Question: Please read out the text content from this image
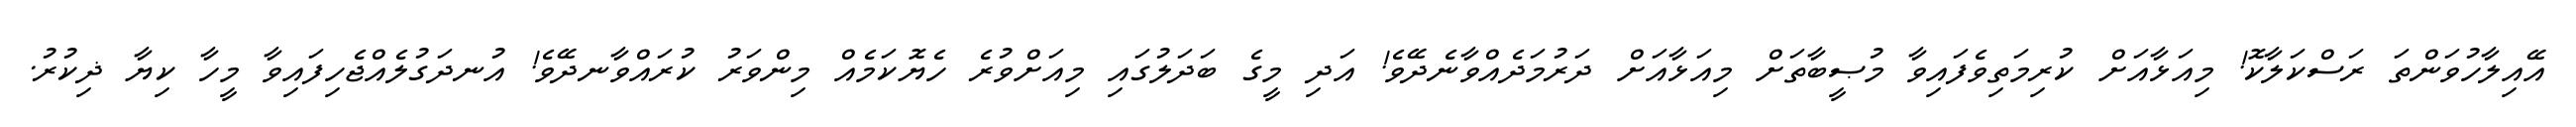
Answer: އޭއިލާހުވަންތަ ރަސްކަލާކޮ! މިއަޅާއަށް ކުރިމަތިވެފައިވާ މުޞީބާތަށް މިއަޅާއަށް ދަރުމަދެއްވާނެދޭވެ! އަދި މީގެ ބަދަލުގައި މިއަށްވުރެ ހެޔޮކަމެއް މިންވަރު ކުރައްވާނދޭވެ! އުނދަގުލެއްޖެހިފައިވާ މީހާ ކިޔާ ޛިކުރު.